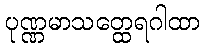
ပုဏ္ဏမာသတ္ထေရဂါထာ